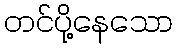
တင်ပို့နေသော